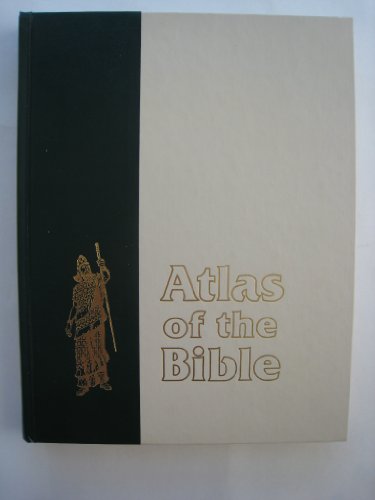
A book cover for Reader's Digest Atlas of the Bible: An Illustrated Guide to the Holy Land (With Map Prints and Photographs); Reader's Digest; Christian Books & Bibles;